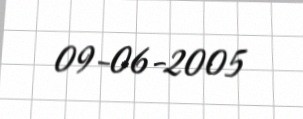
09-06-2005